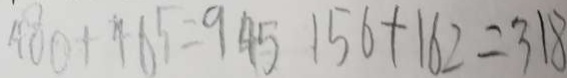
4 0 0 + 4 6 5 = 9 4 5 1 5 6 + 1 6 2 = 3 1 8